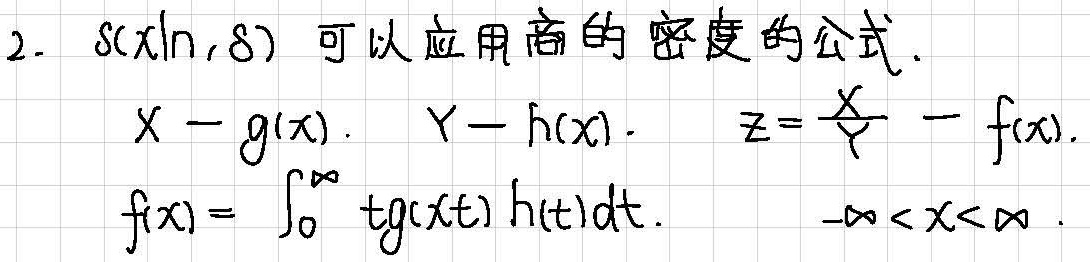
2. \(S(x|n,\delta)\) 可以应用商的密度的公式.
\[
\begin{align*}
X&-g(x),\quad Y - h(x),\quad Z=\frac{X}{Y}-f(x)\\
f(x)&=\int_{0}^{\infty}tg(xt)h(t)dt,\quad -\infty<x<\infty
\end{align*}
\]